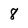
Character: 8